Leprosy in India: report of the Leprosy Commission in India, 1890-91
Year: 1890
Disease focus: Leprosy
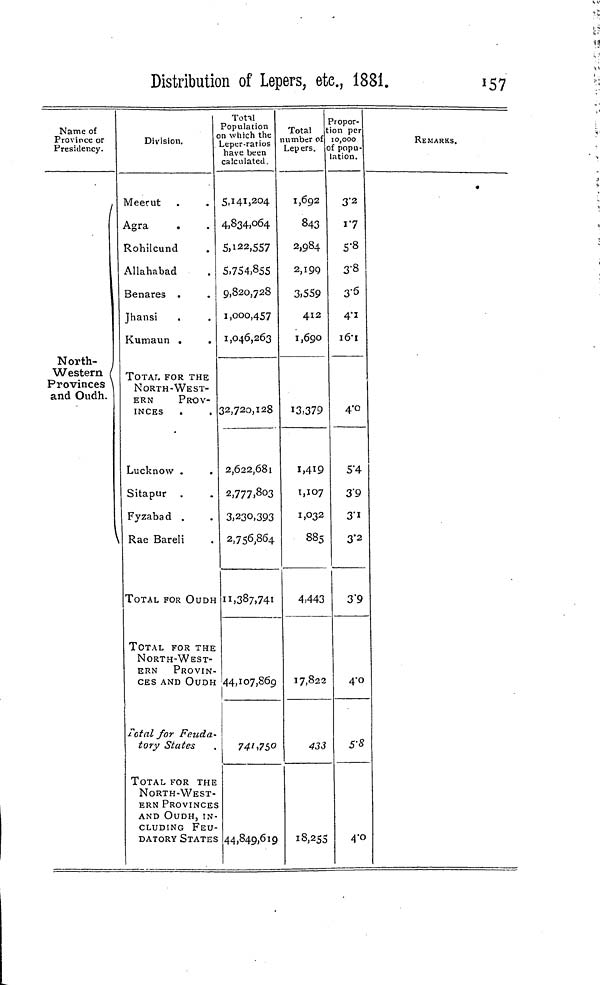
Distribution of Lepers, etc, 1881.
157
Name of
Province or
Presidency.
North-
Western
Provinces \
and Oudh.
Division.
Meerut
Agra
Rohilcund
Allahabad
Benares .
Jhansi
Kumaun .
TOTAL FOR THE
NORTH-WEST-
ERN
PROV-
INCES
Lucknow .
Sitapur
Fyzabad .
Rae Bareli
TOTAL FOR OuDE
TOTAL FOR THE
NORTH-WEST-
ERN
PROVIN
CES AND OUDH
Total for Feuda
tory States
TOTAL FOR THE
NORTH-WEST
ERN PROVINCE
AND OUDH, IN
CLUDING FEU
DATORY STATE
Total
Population
n which the
Leper-ratios
have been
calculated
5,141,204
4,834,064
5,122,557
5,754.855
9,820,728
1,000,457
1,046,263
32,720,128
2,622,681
2,777,803
3,230,393
2,756,864
11,387,741
44,107,869
741,750
s
.
44,849,619
Total
lumber of
Lepers.
1,692
843
2,984
2,199
3,559
412
1,690
13,379
1,419
1,107
1,032
885
4,443
17,822
433
18,255
Propor-
ion per
10,000
of popu-
lation.
3.2
1. 7
5.8
3.8
3.6
4.1
16.1
4.0
5.4
3.9
3.1
3.2
3.9
4.0
4.0
REMARKS.